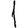
Digit: 1